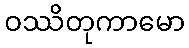
ဝဿိတုကာမော